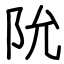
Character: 阭